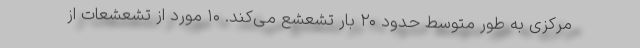
مرکزی به طور متوسط حدود ۲۰ بار تشعشع می‌کند. ۱۰ مورد از تشعشعات از